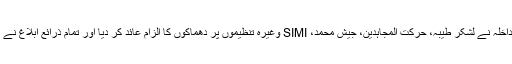
ان دونوں بم دھماکوں کے بعد فوراً ہی IB اور مرکزی وزارتِ داخلہ نے لشکر طیبہ، حرکت المجاہدین، جیش محمد، SIMI وغیرہ تنظیموں پر دھماکوں کا الزام عائد کر دیا اور تمام ذرائع ابلاغ نے اس بارے میں کوئی تصدیق کئے بغیر اس کی خوب تشہیر کی۔